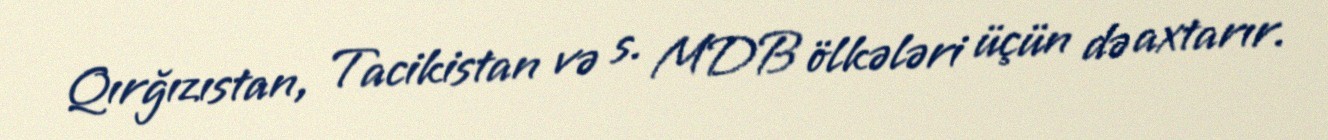
Qırğızıstan, Tacikistan və s. MDB ölkələri üçün də axtarır.